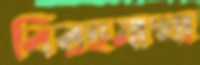
বিরহমাখা